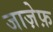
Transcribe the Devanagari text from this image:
जाज़ेफ़